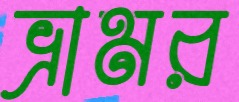
ভ্রামর